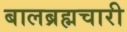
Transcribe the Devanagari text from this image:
बालब्रह्मचारी